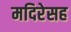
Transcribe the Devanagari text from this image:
मदिरेसह